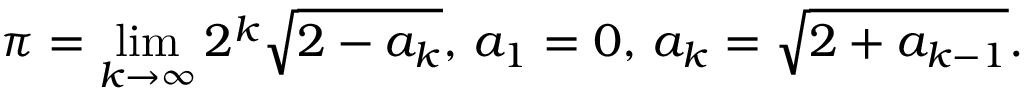
\pi = \displaystyle \operatorname* { l i m } _ { k \to \infty } 2 ^ { k } { \sqrt { 2 - a _ { k } } } , \, a _ { 1 } = 0 , \, a _ { k } = { \sqrt { 2 + a _ { k - 1 } } } .